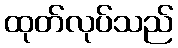
ထုတ်လုပ်သည်